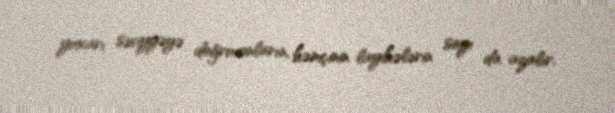
yuxarı səviyyəyə doğru onların, həmçinin layihələrin sayı da azalır.